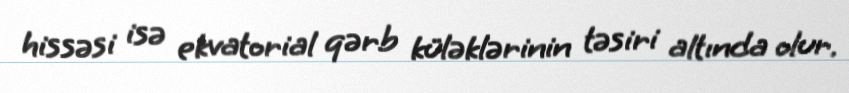
hissəsi isə ekvatorial qərb küləklərinin təsiri altında olur.